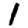
Digit: 1